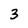
Character: 3